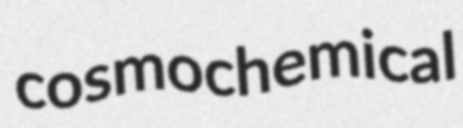
cosmochemical